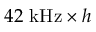
4 2 ~ \mathrm { k H z } \times h